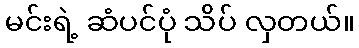
မင်းရဲ့ ဆံပင်ပုံ သိပ် လှတယ်။